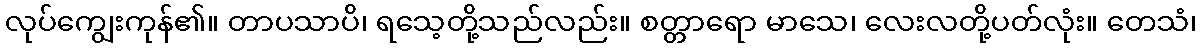
လုပ်ကျွေးကုန်၏။ တာပသာပိ၊ ရသေ့တို့သည်လည်း။ စတ္တာရော မာသေ၊ လေးလတို့ပတ်လုံး။ တေသံ၊